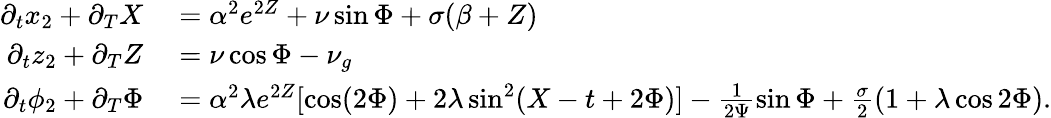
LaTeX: \begin{array}{rl}{\partial_{t}x_{2}+\partial_{T}X}&{{}=\alpha^{2}e^{2Z}+\nu\sin\Phi+\sigma(\beta+Z)}\\ {\partial_{t}z_{2}+\partial_{T}Z}&{{}=\nu\cos\Phi-\nu_{g}}\\ {\partial_{t}\phi_{2}+\partial_{T}\Phi}&{{}=\alpha^{2}\lambda e^{2Z}[\cos(2\Phi)+2\lambda\sin^{2}(X-t+2\Phi)]-\frac{1}{2\Psi}\sin\Phi+\frac{\sigma}{2}(1+\lambda\cos 2\Phi).}\end{array}